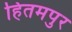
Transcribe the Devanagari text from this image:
हितमपुर